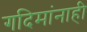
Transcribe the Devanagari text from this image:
गदिमांनाही